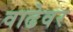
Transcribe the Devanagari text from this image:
वाढेवर